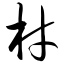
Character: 材